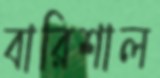
বারিশাল